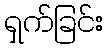
ရှက်ခြင်း